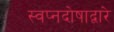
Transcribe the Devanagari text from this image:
स्वप्नदोषाद्वारे